Lunatic asylums in Bengal annual reports 1912-1924 - 1912-1924
Year: 1912
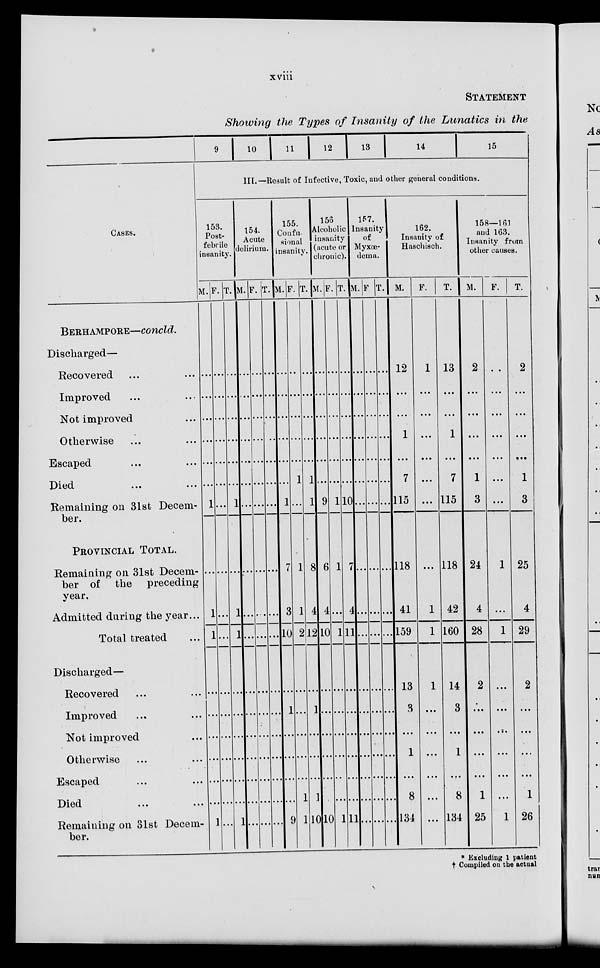
xviii
STATEMENT
Showing the Types of Insanity of the Lunatics in the
CASES.
BERHAMPORE—concld.
Discharged—
Recovered ... ...
Improved ... ...
Not improved ...
Otherwise ... ...
Escaped ... ...
Died ... ...
Remaining on 31st Decem-
ber.
PROVINCIAL TOTAL.
Remaining on 31st Decem-
ber of the
preceding
year.
Admitted during the year...
Total treated ...
Discharged—
Recovered ... ...
Improved ... ...
Not improved ...
Otherwise ... ...
Escaped ... ...
Died ... ...
Remaining on 31st Decem-
ber.
9 10 11 12 13 14
15
III.—Result of Infective, Toxic, and other general conditions.
153.
Post-
febrile
insanity.
M.
...
...
...
...
...
...
1
...
1
1
...
...
...
...
...
...
1
F.
...
...
...
...
...
...
...
...
...
...
...
...
...
...
...
...
...
T.
...
...
...
...
...
...
1
...
1
1
...
...
...
...
...
...
1
154.
Acute
delirium.
M.
...
...
...
...
...
...
...
...
...
...
...
...
...
...
...
...
...
F.
...
...
...
...
...
...
...
...
...
...
...
...
...
...
...
...
...
T.
...
...
...
...
...
...
...
...
...
...
...
...
...
...
...
...
...
155.
Confu-
sional
insanity.
M.
...
...
...
...
...
...
1
7
3
10
...
1
...
...
...
...
9
F.
...
...
...
...
...
1
...
1
1
2
...
...
...
...
...
1
1
T.
...
...
...
...
...
1
1
8
4
12
...
1
...
...
...
1
10
156
Alcoholic
insanity
(acute or
chronic).
M.
...
...
...
...
...
...
9
6
4
10
...
...
...
...
...
...
10
F.
...
...
...
...
...
...
1
1
...
1
...
...
...
...
...
...
1
T.
...
...
...
...
...
...
10
7
4
11
...
...
...
...
...
...
11
157
Insanity
of
Myxœ-
dema.
M.
...
...
...
...
...
...
...
...
...
...
...
...
...
...
...
...
...
F.
...
...
...
...
...
...
...
...
...
...
...
...
...
...
...
...
...
T.
...
...
...
...
...
...
...
...
...
...
...
...
...
...
...
...
...
162.
Insanity of
Haschisch.
M.
12
...
...
1
...
7
115
118
41
159
13
3
...
1
...
8
134
F.
1
...
...
...
...
...
...
...
1
1
1
...
...
...
...
...
...
T.
13
...
...
1
...
7
115
118
42
160
14
3
...
1
...
8
134
158—161
and 163.
Insanity from
other causes.
M.
2
...
...
...
...
1
3
24
4
28
2
...
...
...
...
1
25
F.
...
...
...
...
...
...
...
1
...
1
...
...
...
...
...
...
1
T.
2
...
...
...
...
1
3
25
4
29
2
...
...
...
...
1
26
* Excluding 1 patient
† Compiled on the actual